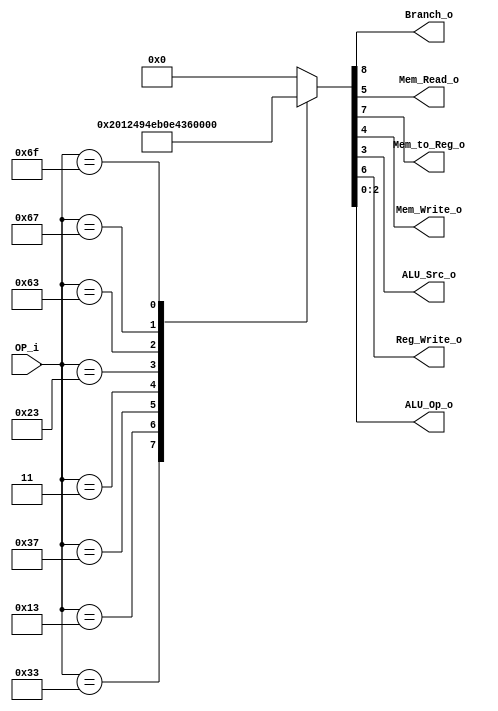
/******************************************************************
* Description
*	This is control unit for the RISC-V Microprocessor. The control unit is 
*	in charge of generation of the control signals. Its only input 
*	corresponds to opcode from the instruction bus.
*	1.0
* Author:
*	Dr. Jos Luis Pizano Escalante
* email:
*	luispizano@iteso.mx
* Date:
*	16/08/2021
******************************************************************/
module Control
(
	input [6:0]OP_i,
	
	
	output Branch_o,
	output Mem_Read_o,
	output Mem_to_Reg_o,
	output Mem_Write_o,
	output ALU_Src_o,
	output Reg_Write_o,
	output [2:0]ALU_Op_o
);

localparam R_Type				= 7'h33;
localparam I_Type_LOGIC 	= 7'h13;
localparam U_Type				= 7'h37;
localparam I_Type			 	= 7'h03;//tipo para lw
localparam S_Type				= 7'h23;//tipo s para sw
localparam SB_Type			= 7'h63;//tipo para branches
localparam I_Type_JALR		= 7'h67;//tipo para JALR
localparam UJ_Type			= 7'h6F;//tipo para JAL

reg [8:0] control_values;

always@(OP_i) begin
	case(OP_i)//                         876_54_3_210
		
		R_Type: 			control_values= 9'b001_00_0_000;
		I_Type_LOGIC: 	control_values= 9'b001_00_1_001;
		U_Type:			control_values= 9'b001_00_1_010;
		I_Type:			control_values= 9'b011_10_1_011;//valores de control para lw
		S_Type:			control_values= 9'b000_01_1_100;//valores de control para tipo S
		SB_Type:			control_values= 9'b100_00_1_101;//gen inmediato y branch encendido
		I_Type_JALR:	control_values= 9'b101_00_1_110;//branch encendido e inmediato encendido, escribir en registro
		UJ_Type:			control_values= 9'b101_00_1_111;
		
		default:
			control_values= 9'b000_00_000;
		endcase
end	

assign Branch_o = control_values[8];

assign Mem_to_Reg_o = control_values[7];

assign Reg_Write_o = control_values[6];

assign Mem_Read_o = control_values[5];

assign Mem_Write_o = control_values[4];

assign ALU_Src_o = control_values[3];

assign ALU_Op_o = control_values[2:0];	

endmodule